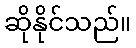
ဆိုနိုင်သည်။